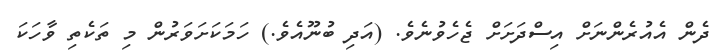
ދެން އެއުރެންނަށް އިސްދަށަށް ޖެހެވުނެވެ. (އަދި ބުނޫއެވެ.) ހަމަކަށަވަރުން މި ތަކެތި ވާހަކަ